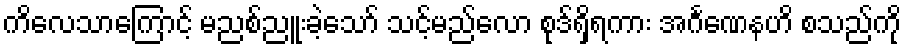
ကိလေသာကြောင့် မညစ်ညူးခဲ့သော် သင့်မည်လော စုဒ်ရှိရကား အင်္ဂဏေနဟိ စသည်ကို